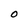
Character: O